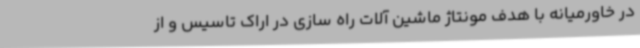
در خاورمیانه با هدف مونتاژ ماشین آلات راه سازی در اراک تاسیس و از